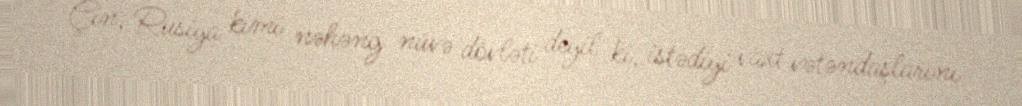
Çin, Rusiya kimi nəhəng nüvə dövləti deyil ki, istədiyi vaxt vətəndaşlarını